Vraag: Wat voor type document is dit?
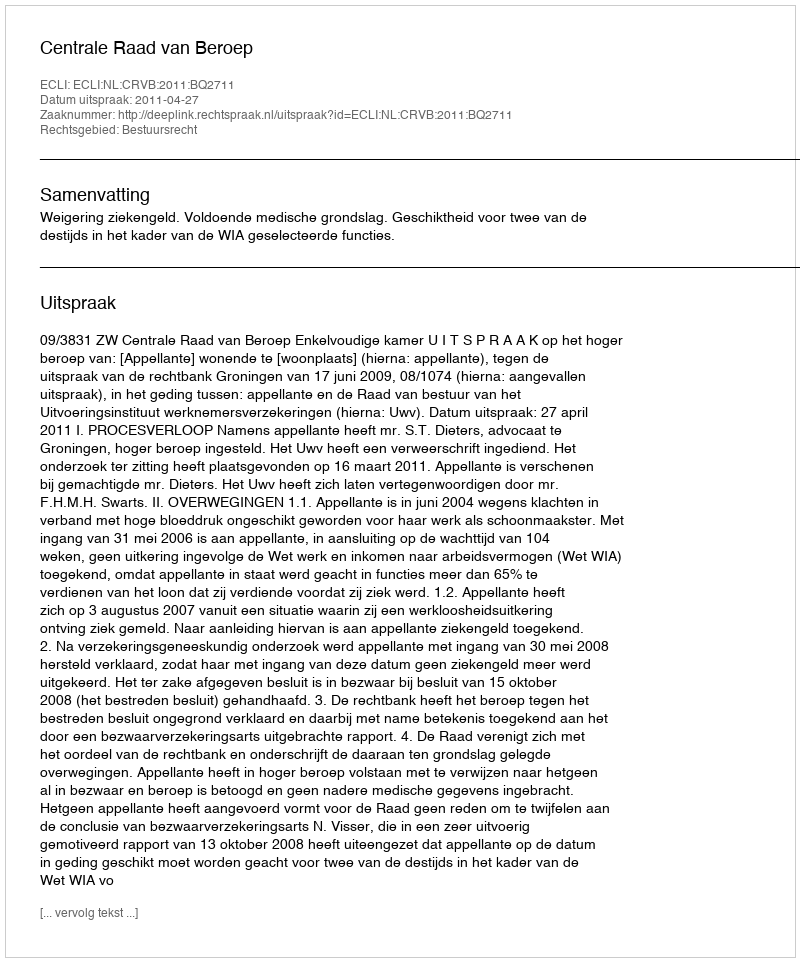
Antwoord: Uitspraak